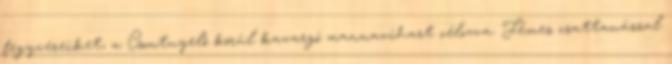
fegyvereiket, a Csontnyelő körül kavargó mannavihart célozva. Fémes csattanással